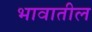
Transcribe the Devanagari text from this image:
भावातील